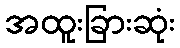
အထူးခြားဆုံး